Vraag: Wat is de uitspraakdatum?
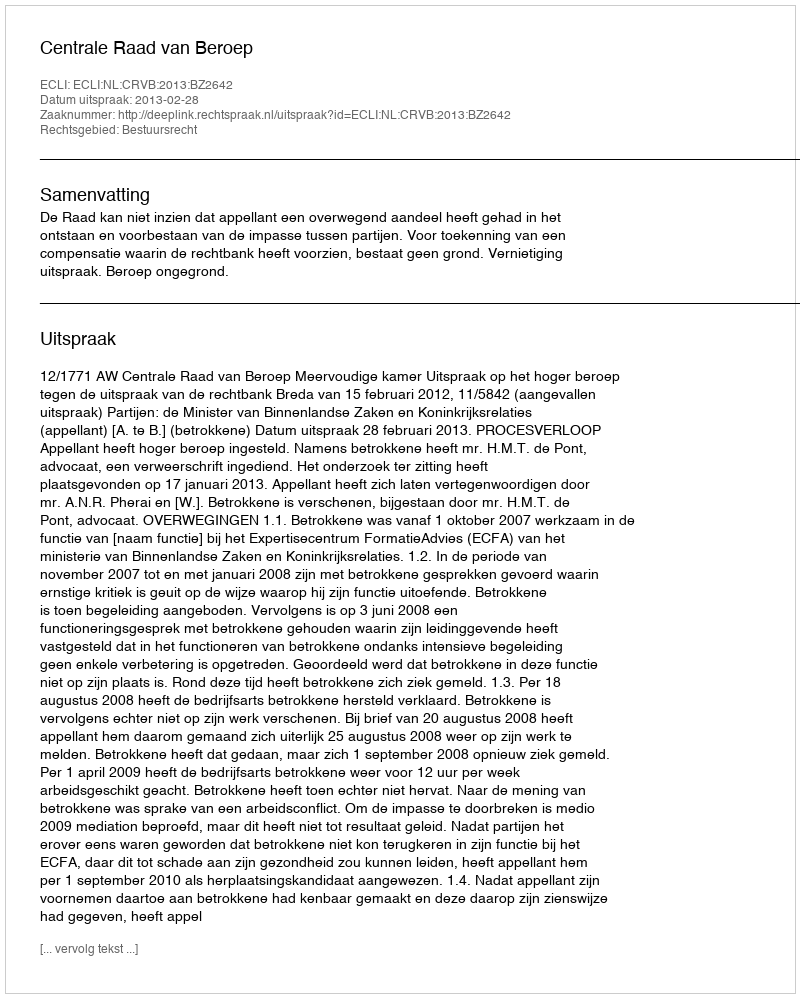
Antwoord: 2013-02-28